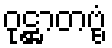
ဝုဋ္ဌာတဗ္ဗံ